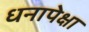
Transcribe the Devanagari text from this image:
धनापेक्षा